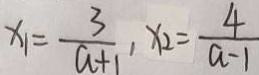
x _ { 1 } = \frac { 3 } { a + 1 } , x _ { 2 } = \frac { 4 } { a - 1 }